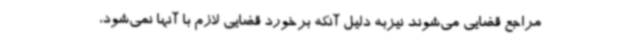
مراجع قضایی می‌شوند نیزبه دلیل آنکه برخورد قضایی لازم با آنها نمی‌شود،